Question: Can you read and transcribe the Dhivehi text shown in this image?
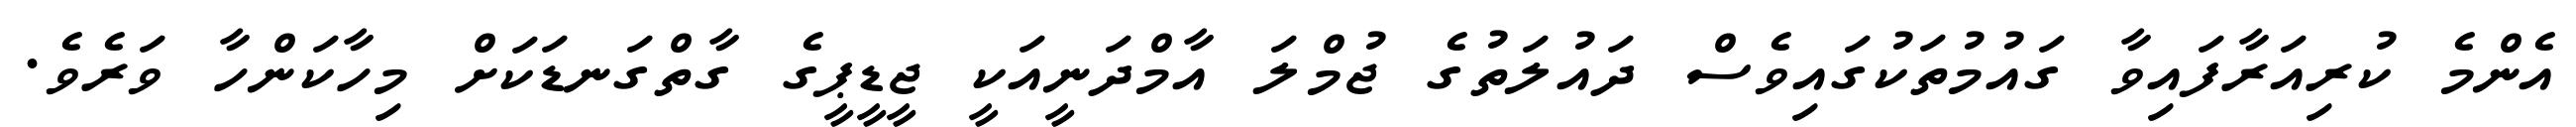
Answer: އެންމެ ކުރިއަރާފައިވާ ގައުމުތަކުގައިވެސް ދައުލަތުގެ ޖުމްލަ އާމްދަނީއަކީ ޖީޑީޕީގެ ގާތްގަނޑަކަށް މިހާކަންހާ ވަރެވެ.